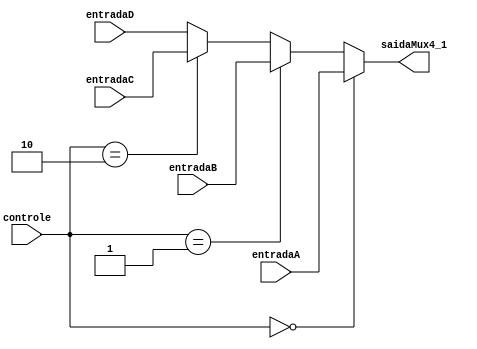
module Mux4_1(
  input [31:0] entradaA, entradaB, entradaC, entradaD,
  input [1:0] controle,
  output reg [31:0] saidaMux4_1
);

  always @(*) begin

    if(controle == 2'b00)
      saidaMux4_1 = entradaA;

    else if(controle == 2'b01)
     saidaMux4_1 = entradaB;

    else if(controle == 2'b10)
      saidaMux4_1 = entradaC;

    else
	saidaMux4_1 = entradaD;

  end

endmodule